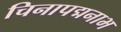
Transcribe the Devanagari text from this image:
चिनापद्मनाभ